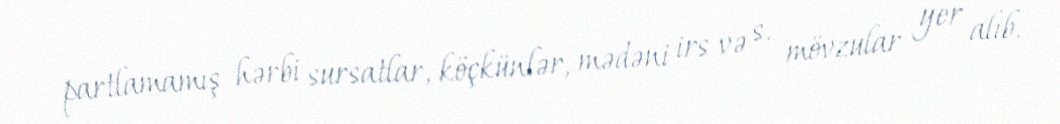
partlamamış hərbi sursatlar, köçkünlər, mədəni irs və s. mövzular yer alıb.